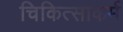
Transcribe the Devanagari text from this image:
चिकित्साकर्म